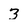
Character: 3